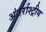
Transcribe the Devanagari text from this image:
अंतर्राश्ट्रीय